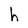
Character: h